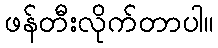
ဖန်တီးလိုက်တာပါ။